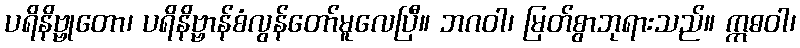
ပရိနိဗ္ဗုတော၊ ပရိနိဗ္ဗာန်စံလွန်တော်မူလေပြီ။ ဘဂဝါ၊ မြတ်စွာဘုရားသည်။ ဣဓဝါ၊